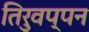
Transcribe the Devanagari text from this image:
तिरुवप्पन